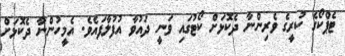
ޓެޕްކޯގެ ކުރީގެ ވެރިންނާ ދެކޮޅަށް ކޯޓުގައި ވަނީ ދައުވާ އުފުލާފައެވެ. އެމީހުންނާ ދެކޮޅަށް